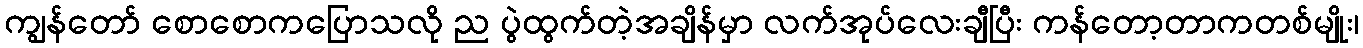
ကျွန်တော် စောစောကပြောသလို ည ပွဲထွက်တဲ့အချိန်မှာ လက်အုပ်လေးချီပြီး ကန်တော့တာကတစ်မျိုး၊